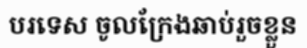
បរទេស ចូលក្រែងឆាប់រួចខ្លួន